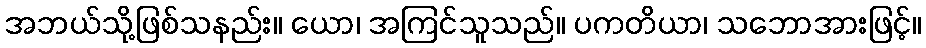
အဘယ်သို့ဖြစ်သနည်း။ ယော၊ အကြင်သူသည်။ ပကတိယာ၊ သဘောအားဖြင့်။